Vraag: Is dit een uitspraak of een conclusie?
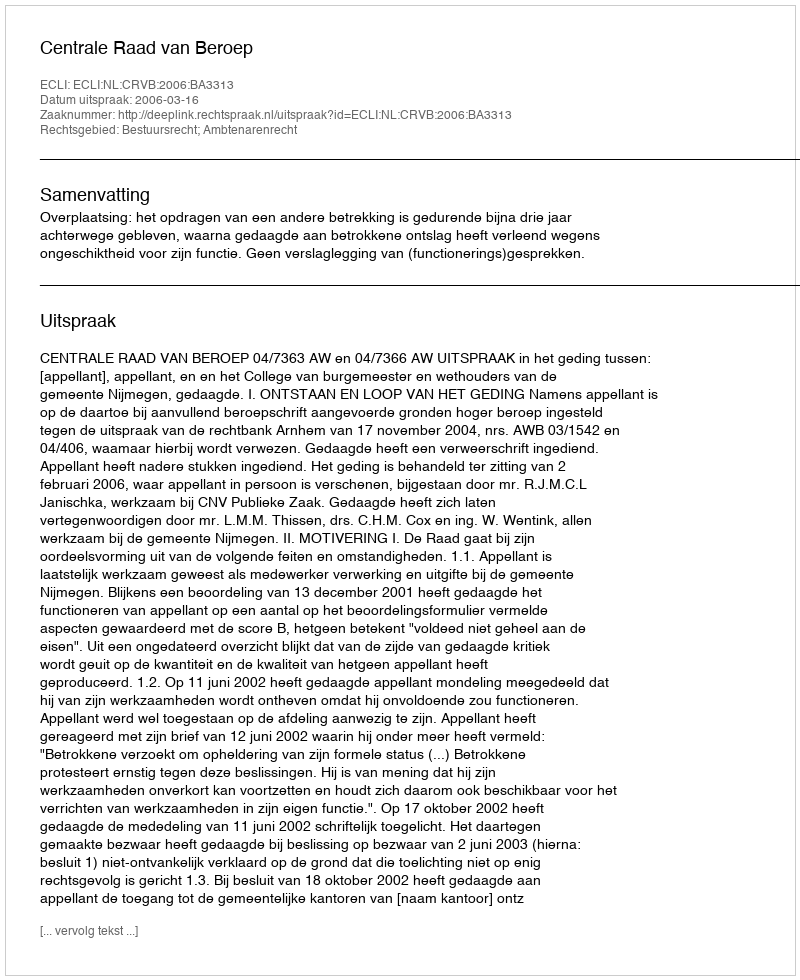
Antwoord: Uitspraak